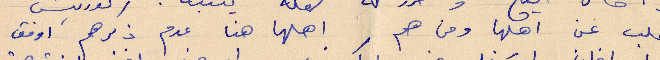
تطلب عن أهلها ومن هم اهلاه هنا عدم ذكرهم وافق